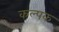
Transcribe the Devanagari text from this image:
कल्‍पक